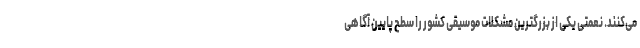
می‌کنند. نعمتی یکی از بزرگترین مشکلات موسیقی کشور را سطح پایین آگاهی